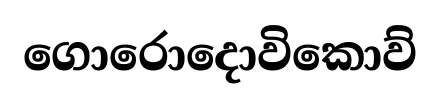
ගොරොදොවිකොව්